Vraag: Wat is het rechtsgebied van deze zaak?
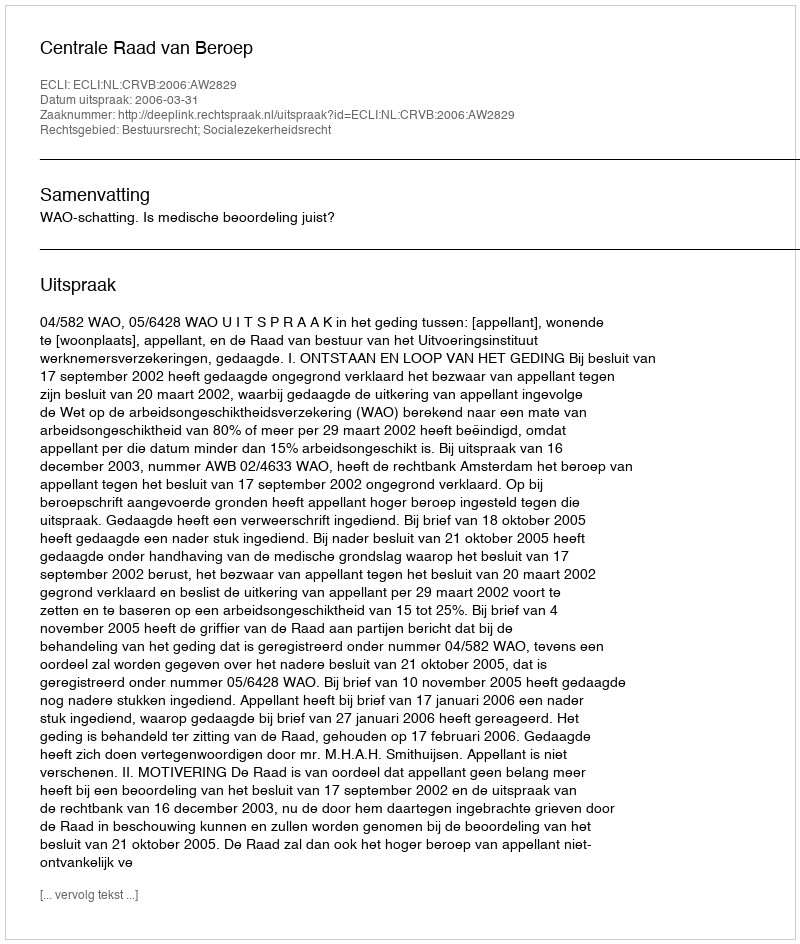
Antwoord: Bestuursrecht; Socialezekerheidsrecht